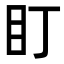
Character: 盯